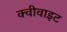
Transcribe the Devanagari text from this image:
क्वीवाइट